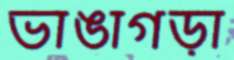
ভাঙাগড়া